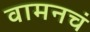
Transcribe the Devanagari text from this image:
वामनचं